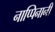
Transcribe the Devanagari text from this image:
नाप्पिनानी